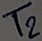
Text: T2